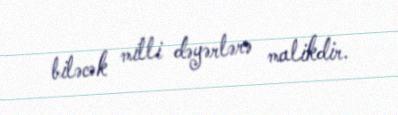
biləcək milli dəyərlərə malikdir.